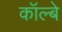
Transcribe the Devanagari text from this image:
कॉल्बे